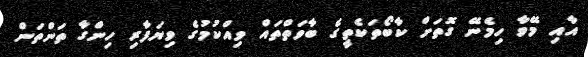
އާއި މޭވާ ހިމެނޭ ގޮތަށް ކާބޯތަކެތީގެ ބާވަތްތައް ވިއްކުމުގެ ވިޔަފާރި ހިންގާ ތަންތަން